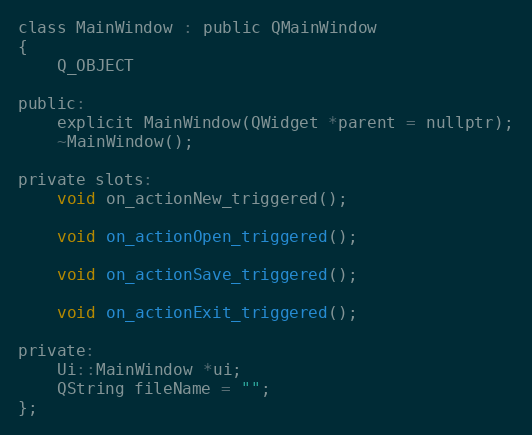
Language: C
class MainWindow : public QMainWindow
{
    Q_OBJECT

public:
    explicit MainWindow(QWidget *parent = nullptr);
    ~MainWindow();

private slots:
    void on_actionNew_triggered();

    void on_actionOpen_triggered();

    void on_actionSave_triggered();

    void on_actionExit_triggered();

private:
    Ui::MainWindow *ui;
    QString fileName = "";
};